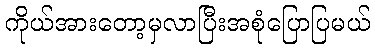
ကိုယ်အားတော့မှလာပြီးအစုံပြောပြမယ်